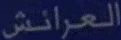
العرائش